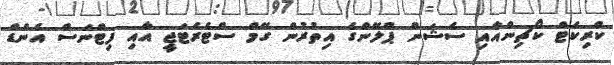
ކްރިކެޓް ކޯޗިންއާއި ސެޝަން ޕްލޭންގެ އިތުރުން ގޭމް ސްޓެރެޓަޖީ އާއި ފިޓްނަސް އެންޑް